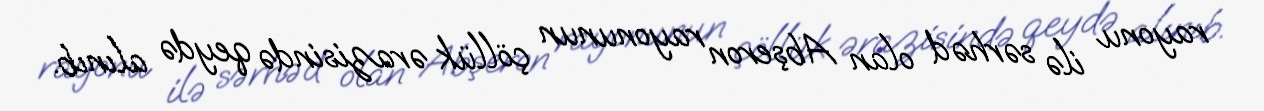
rayonu ilə sərhəd olan Abşeron rayonunun çöllük ərazisində qeydə alınıb.